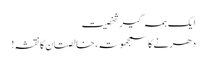
ا یک ہمہ گیر شخصیت
دھرنے کا سمجھوتہ، خالصتان کا نقشہ!